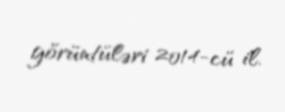
görüntüləri 2014-cü il.